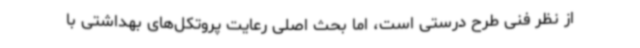
از نظر فنی طرح درستی است، اما بحث اصلی رعایت پروتکل‌های بهداشتی با